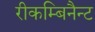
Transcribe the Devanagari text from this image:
रीकम्बिनैन्ट